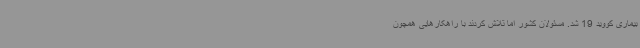
بیماری کووید 19 شد. مسئولان کشور اما تلاش کردند با راهکارهایی همچون